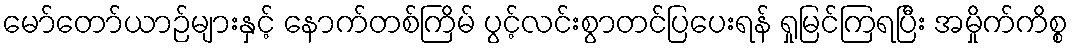
မော်တော်ယာဉ်များနှင့် နောက်တစ်ကြိမ် ပွင့်လင်းစွာတင်ပြပေးရန် ရှုမြင်ကြရပြီး အမှိုက်ကိစ္စ